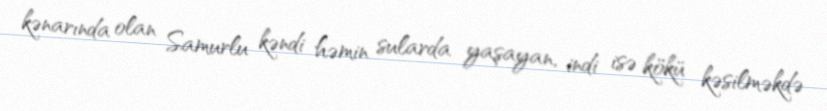
kənarında olan Samurlu kəndi həmin sularda yaşayan, indi isə kökü kəsilməkdə